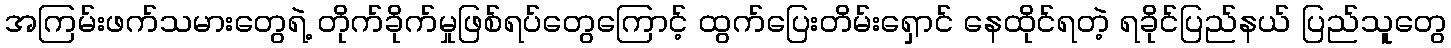
အကြမ်းဖက်သမားတွေရဲ့ တိုက်ခိုက်မှုဖြစ်ရပ်တွေကြောင့် ထွက်ပြေးတိမ်းရှောင် နေထိုင်ရတဲ့ ရခိုင်ပြည်နယ် ပြည်သူတွေ